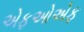
એફઓએફ